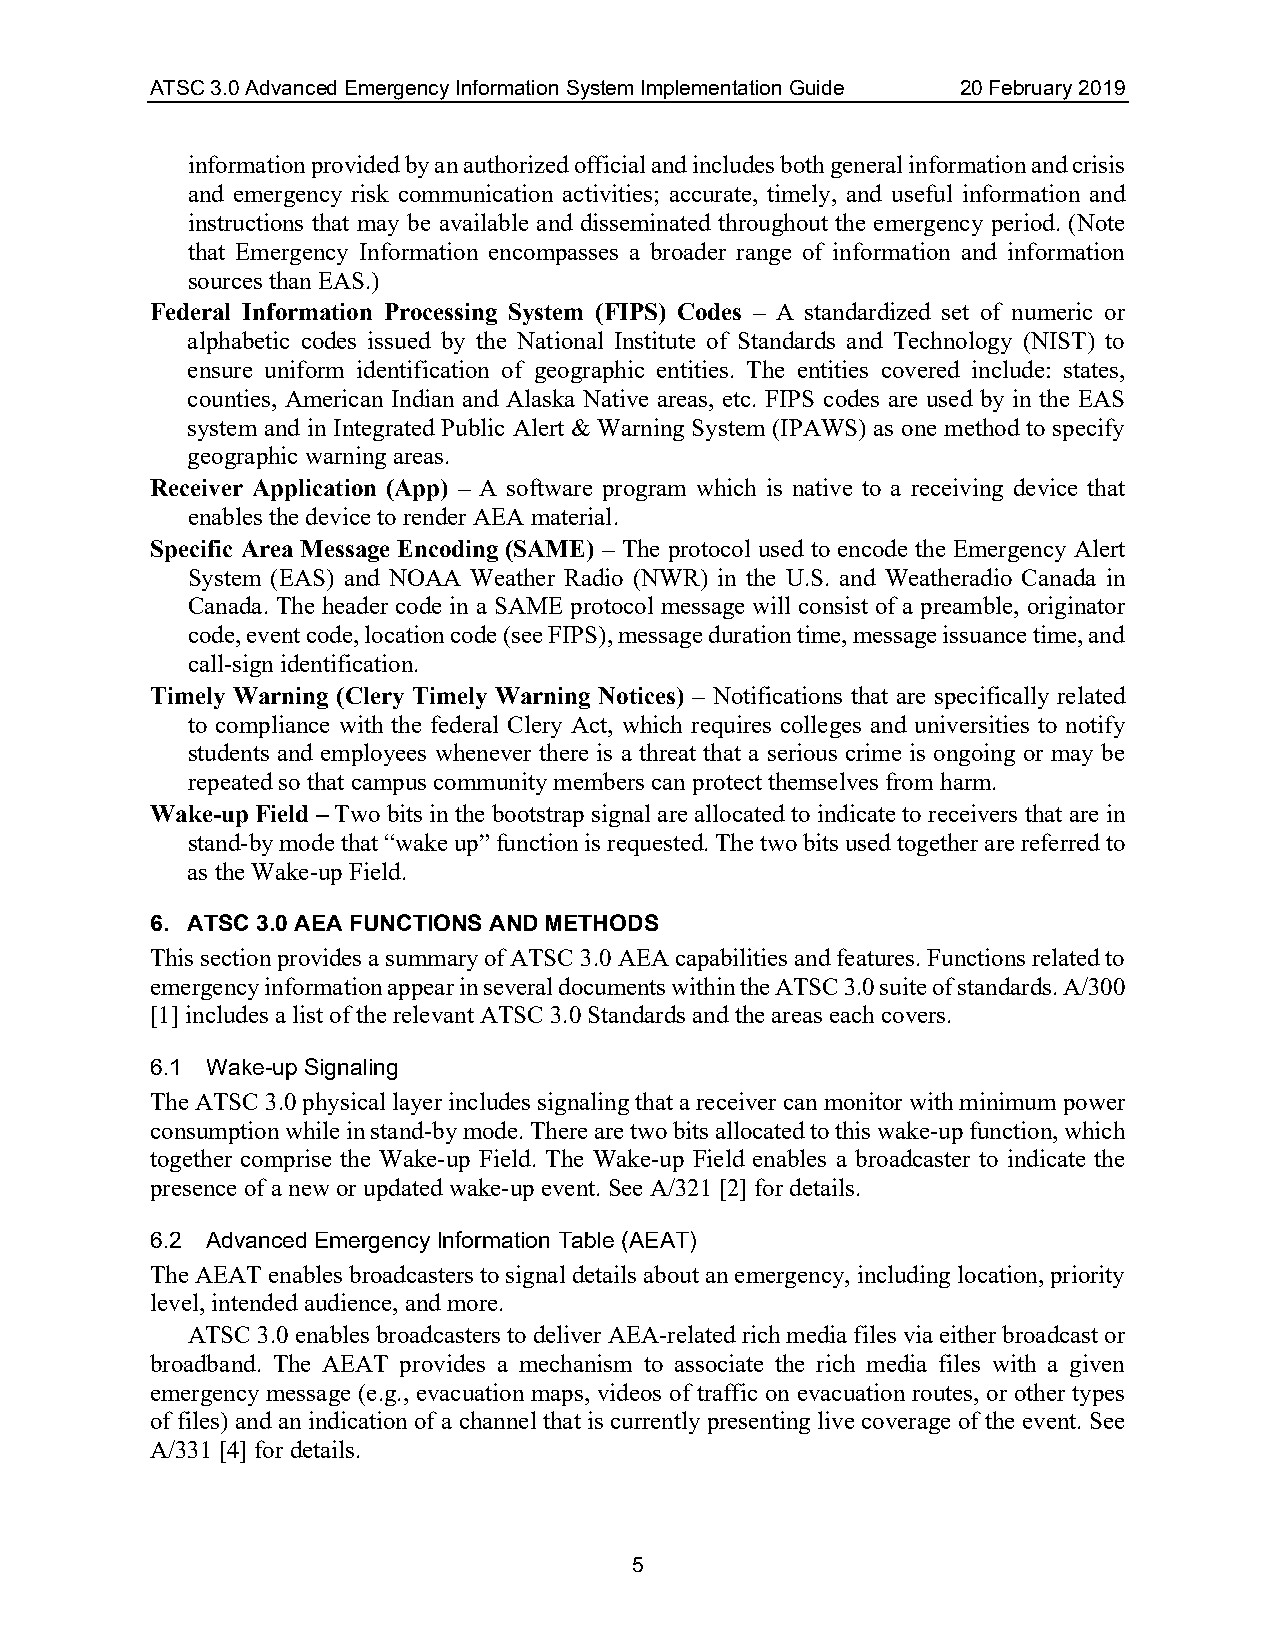
ATSC 3.0 Advanced Emergency Information System Implementation Guide 20 February 2019
 information provided by an authorized official and includes both general information and crisis
 and emergency risk communication activities; accurate, timely, and useful information and
 instructions that may be available and disseminated throughout the emergency period. (Note
 that Emergency Information encompasses a broader range of information and information
 sources than EAS.)
 Federal Information Processing System (FIPS) Codes – A standardized set of numeric or
 alphabetic codes issued by the National Institute of Standards and Technology (NIST) to
 ensure uniform identification of geographic entities. The entities covered include: states,
 counties, American Indian and Alaska Native areas, etc. FIPS codes are used by in the EAS
 system and in Integrated Public Alert & Warning System (IPAWS) as one method to specify
 geographic warning areas.
 Receiver Application (App) – A software program which is native to a receiving device that
 enables the device to render AEA material.
 Specific Area Message Encoding (SAME) – The protocol used to encode the Emergency Alert
 System (EAS) and NOAA Weather Radio (NWR) in the U.S. and Weatheradio Canada in
 Canada. The header code in a SAME protocol message will consist of a preamble, originator
 code, event code, location code (see FIPS), message duration time, message issuance time, and
 call-sign identification.
 Timely Warning (Clery Timely Warning Notices) – Notifications that are specifically related
 to compliance with the federal Clery Act, which requires colleges and universities to notify
 students and employees whenever there is a threat that a serious crime is ongoing or may be
 repeated so that campus community members can protect themselves from harm.
 Wake-up Field – Two bits in the bootstrap signal are allocated to indicate to receivers that are in
 stand-by mode that “wake up” function is requested. The two bits used together are referred to
 as the Wake-up Field.
 6. ATSC 3.0 AEA FUNCTIONS AND METHODS
 This section provides a summary of ATSC 3.0 AEA capabilities and features. Functions related to
 emergency information appear in several documents within the ATSC 3.0 suite of standards. A/300
 [1] includes a list of the relevant ATSC 3.0 Standards and the areas each covers.
 6.1 Wake-up Signaling
 The ATSC 3.0 physical layer includes signaling that a receiver can monitor with minimum power
 consumption while in stand-by mode. There are two bits allocated to this wake-up function, which
 together comprise the Wake-up Field. The Wake-up Field enables a broadcaster to indicate the
 presence of a new or updated wake-up event. See A/321 [2] for details.
 6.2 Advanced Emergency Information Table (AEAT)
 The AEAT enables broadcasters to signal details about an emergency, including location, priority
 level, intended audience, and more.
 ATSC 3.0 enables broadcasters to deliver AEA-related rich media files via either broadcast or
 broadband. The AEAT provides a mechanism to associate the rich media files with a given
 emergency message (e.g., evacuation maps, videos of traffic on evacuation routes, or other types
 of files) and an indication of a channel that is currently presenting live coverage of the event. See
 A/331 [4] for details.
 5